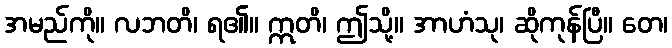
အမည်ကို။ လဘတိ၊ ရ၏။ ဣတိ၊ ဤသို့။ အာဟံသု၊ ဆိုကုန်ပြီ။ တေ၊